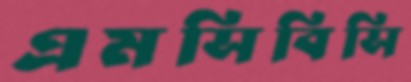
এমসিবিসি